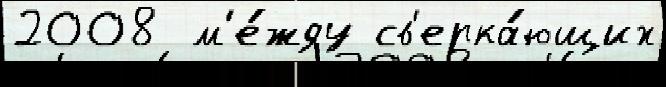
2008  м'е́жду св'ерка́ющих